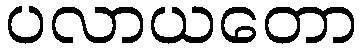
ပလာယတော